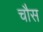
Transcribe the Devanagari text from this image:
चौस